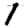
Digit: 1